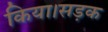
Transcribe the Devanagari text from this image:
किया।सड़क